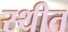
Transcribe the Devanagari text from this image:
स्‍थीत